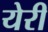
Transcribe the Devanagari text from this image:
येरी